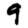
Digit: 9